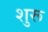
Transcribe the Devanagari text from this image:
शुरू